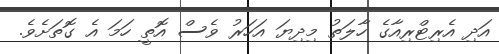
އަދި އެރިޓްރިއާގެ ހާލަތު މިދިޔަ އަހަރު ވެސް އޮތީ ހަމަ އެ ގޮތަށެވެ.